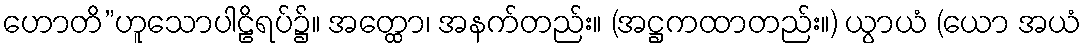
ဟောတိ”ဟူသောပါဠိရပ်၌။ အတ္ထော၊ အနက်တည်း။ (အဋ္ဌကထာတည်း။) ယွာယံ (ယော အယံ